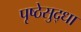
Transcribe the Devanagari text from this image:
पृष्ठेसुद्धा